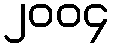
၂၀၀၄